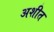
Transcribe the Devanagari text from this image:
अशीत